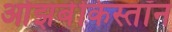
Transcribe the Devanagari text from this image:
ओझबेकिस्तॉन